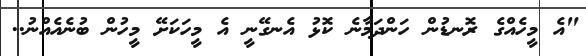
"އެ މީހެއްގެ ރޮނޑުން ހަންދަމާނެ ކޮޅު އެނގޭނީ އެ މީހަކަށޭ މީހުން ބުނެއެއްނު..